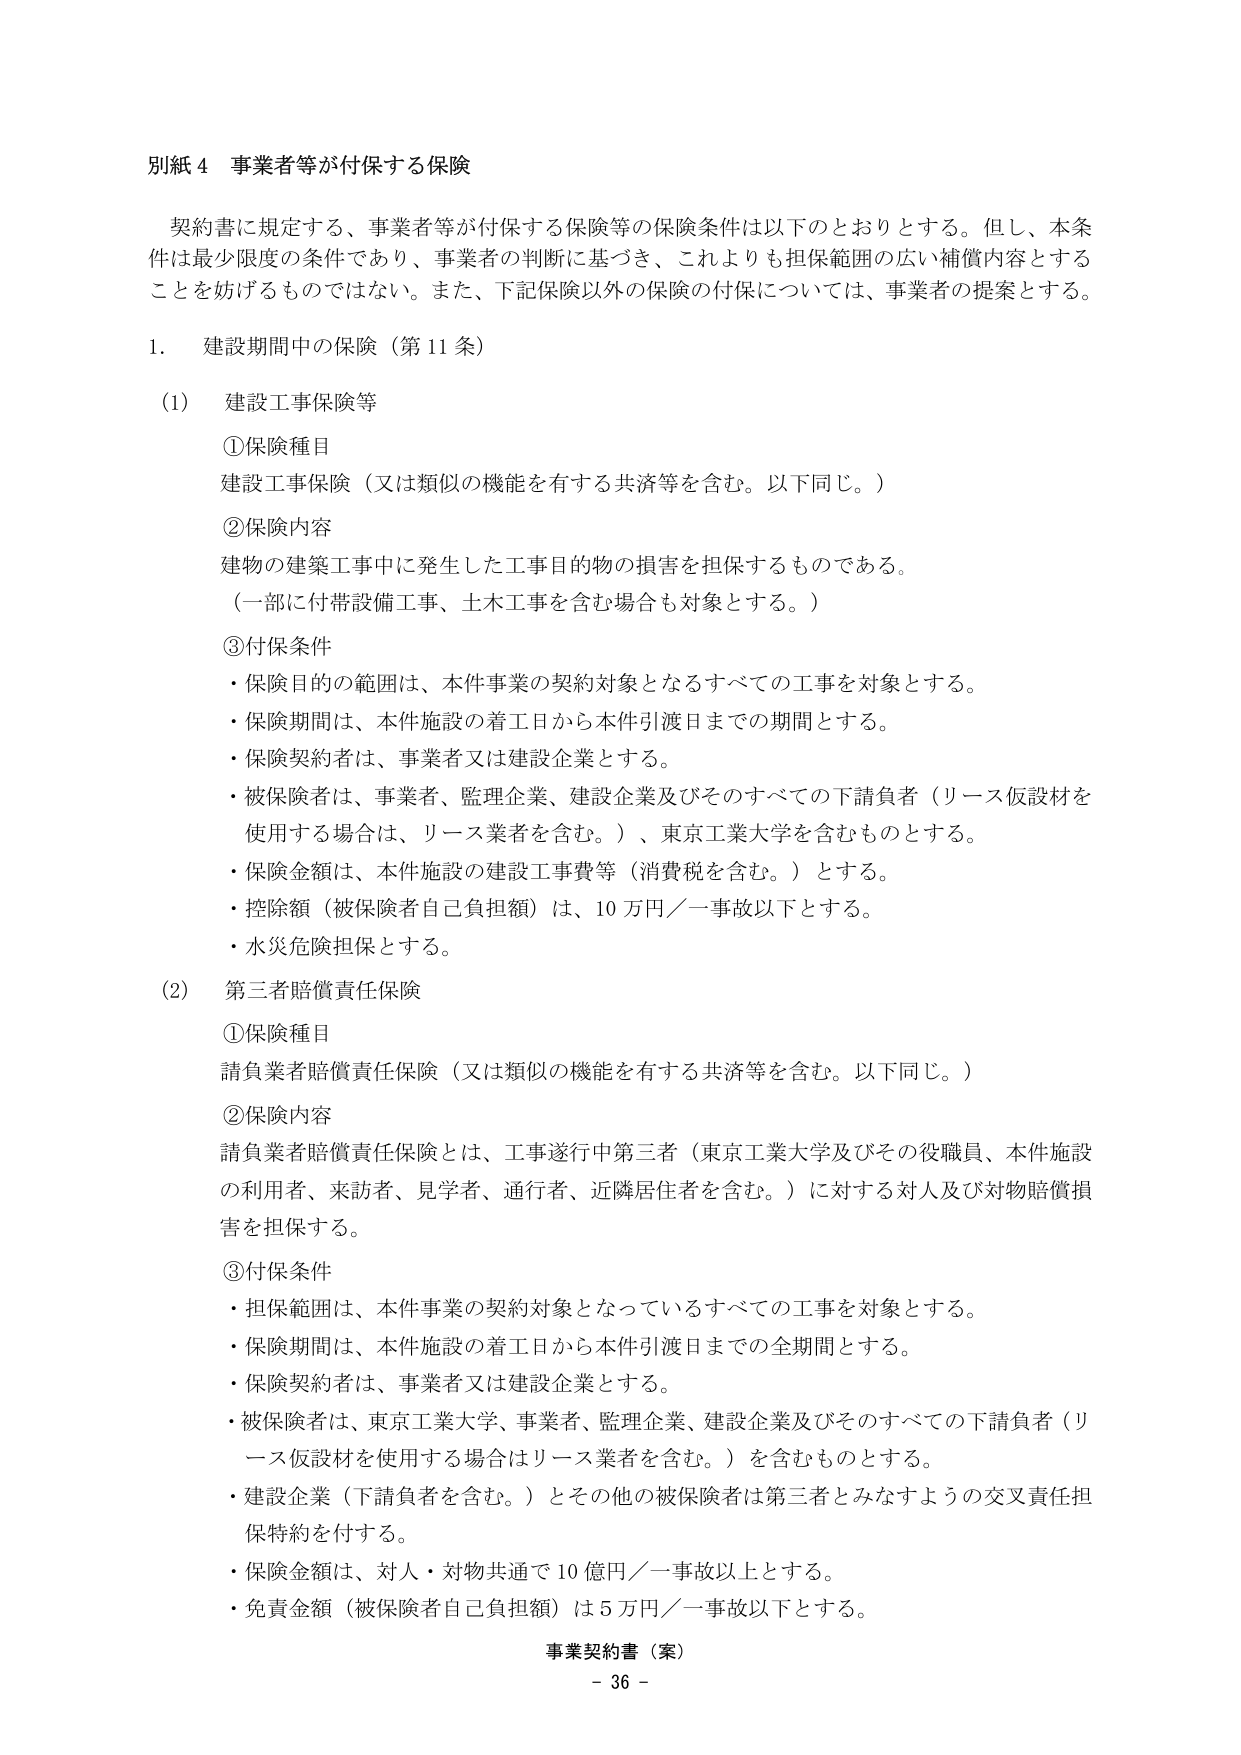
別紙４ 事業者等が付保する保険

契約書に規定する、事業者等が付保する保険等の保険条件は以下のとおりとする。但し、本条件は最少限度の条件であり、事業者の判断に基づき、これよりも担保範囲の広い補償内容とすることを妨げるものではない。また、下記保険以外の保険の付保については、事業者の提案とする。

1. 建設期間中の保険（第11条）

(1) 建設工事保険等

①保険種目
建設工事保険（又は類似の機能を有する共済等を含む。以下同じ。）

②保険内容
建物の建築工事中に発生した工事目的物の損害を担保するものである。
（一部に付帯設備工事、土木工事を含む場合も対象とする。）

③付保条件
・保険目的の範囲は、本件事業の契約対象となるすべての工事を対象とする。
・保険期間は、本件施設の着工日から本件引渡日までの期間とする。
・保険契約者は、事業者又は建設企業とする。
・被保険者は、事業者、監理企業、建設企業及びそのすべての下請負者（リース仮設材を使用する場合は、リース業者を含む。）、東京工業大学を含むものとする。
・保険金額は、本件施設の建設工事費等（消費税を含む。）とする。
・控除額（被保険者自己負担額）は、10万円／一事故以下とする。
・水災危険担保とする。

(2) 第三者賠償責任保険

①保険種目
請負業者賠償責任保険（又は類似の機能を有する共済等を含む。以下同じ。）

②保険内容
請負業者賠償責任保険とは、工事遂行中第三者（東京工業大学及びその役職員、本件施設の利用者、来訪者、見学者、通行者、近隣居住者を含む。）に対する対人及び対物賠償損害を担保する。

③付保条件
・担保範囲は、本件事業の契約対象となっているすべての工事を対象とする。
・保険期間は、本件施設の着工日から本件引渡日までの全期間とする。
・保険契約者は、事業者又は建設企業とする。
・被保険者は、東京工業大学、事業者、監理企業、建設企業及びそのすべての下請負者（リース仮設材を使用する場合はリース業者を含む。）を含むものとする。
・建設企業（下請負者を含む。）とその他の被保険者は第三者とみなすようの交叉責任担保特約を付する。
・保険金額は、対人・対物共通で10億円／一事故以上とする。
・免責金額（被保険者自己負担額）は5万円／一事故以下とする。

事業契約書（案）
- 36 -